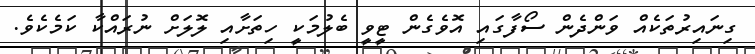
ގިނައިރުތަކެއް ވަންދެން ސޯފާގައި އޮވެގެން ޓީވީ ބެލުމަކީ ހިތަށާއި ލޮލަށް ނުރައްކާ ކަމެކެވެ.